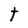
Character: t